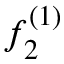
f _ { 2 } ^ { ( 1 ) }